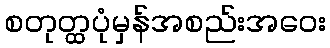
စတုတ္ထပုံမှန်အစည်းအဝေး